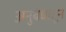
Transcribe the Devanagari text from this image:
अनुबंधांतून